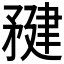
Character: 𥍹